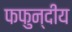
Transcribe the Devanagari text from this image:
फफुन्दीय